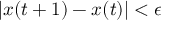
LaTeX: | x ( t + 1 ) - x ( t ) | < \epsilon